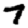
Digit: 7